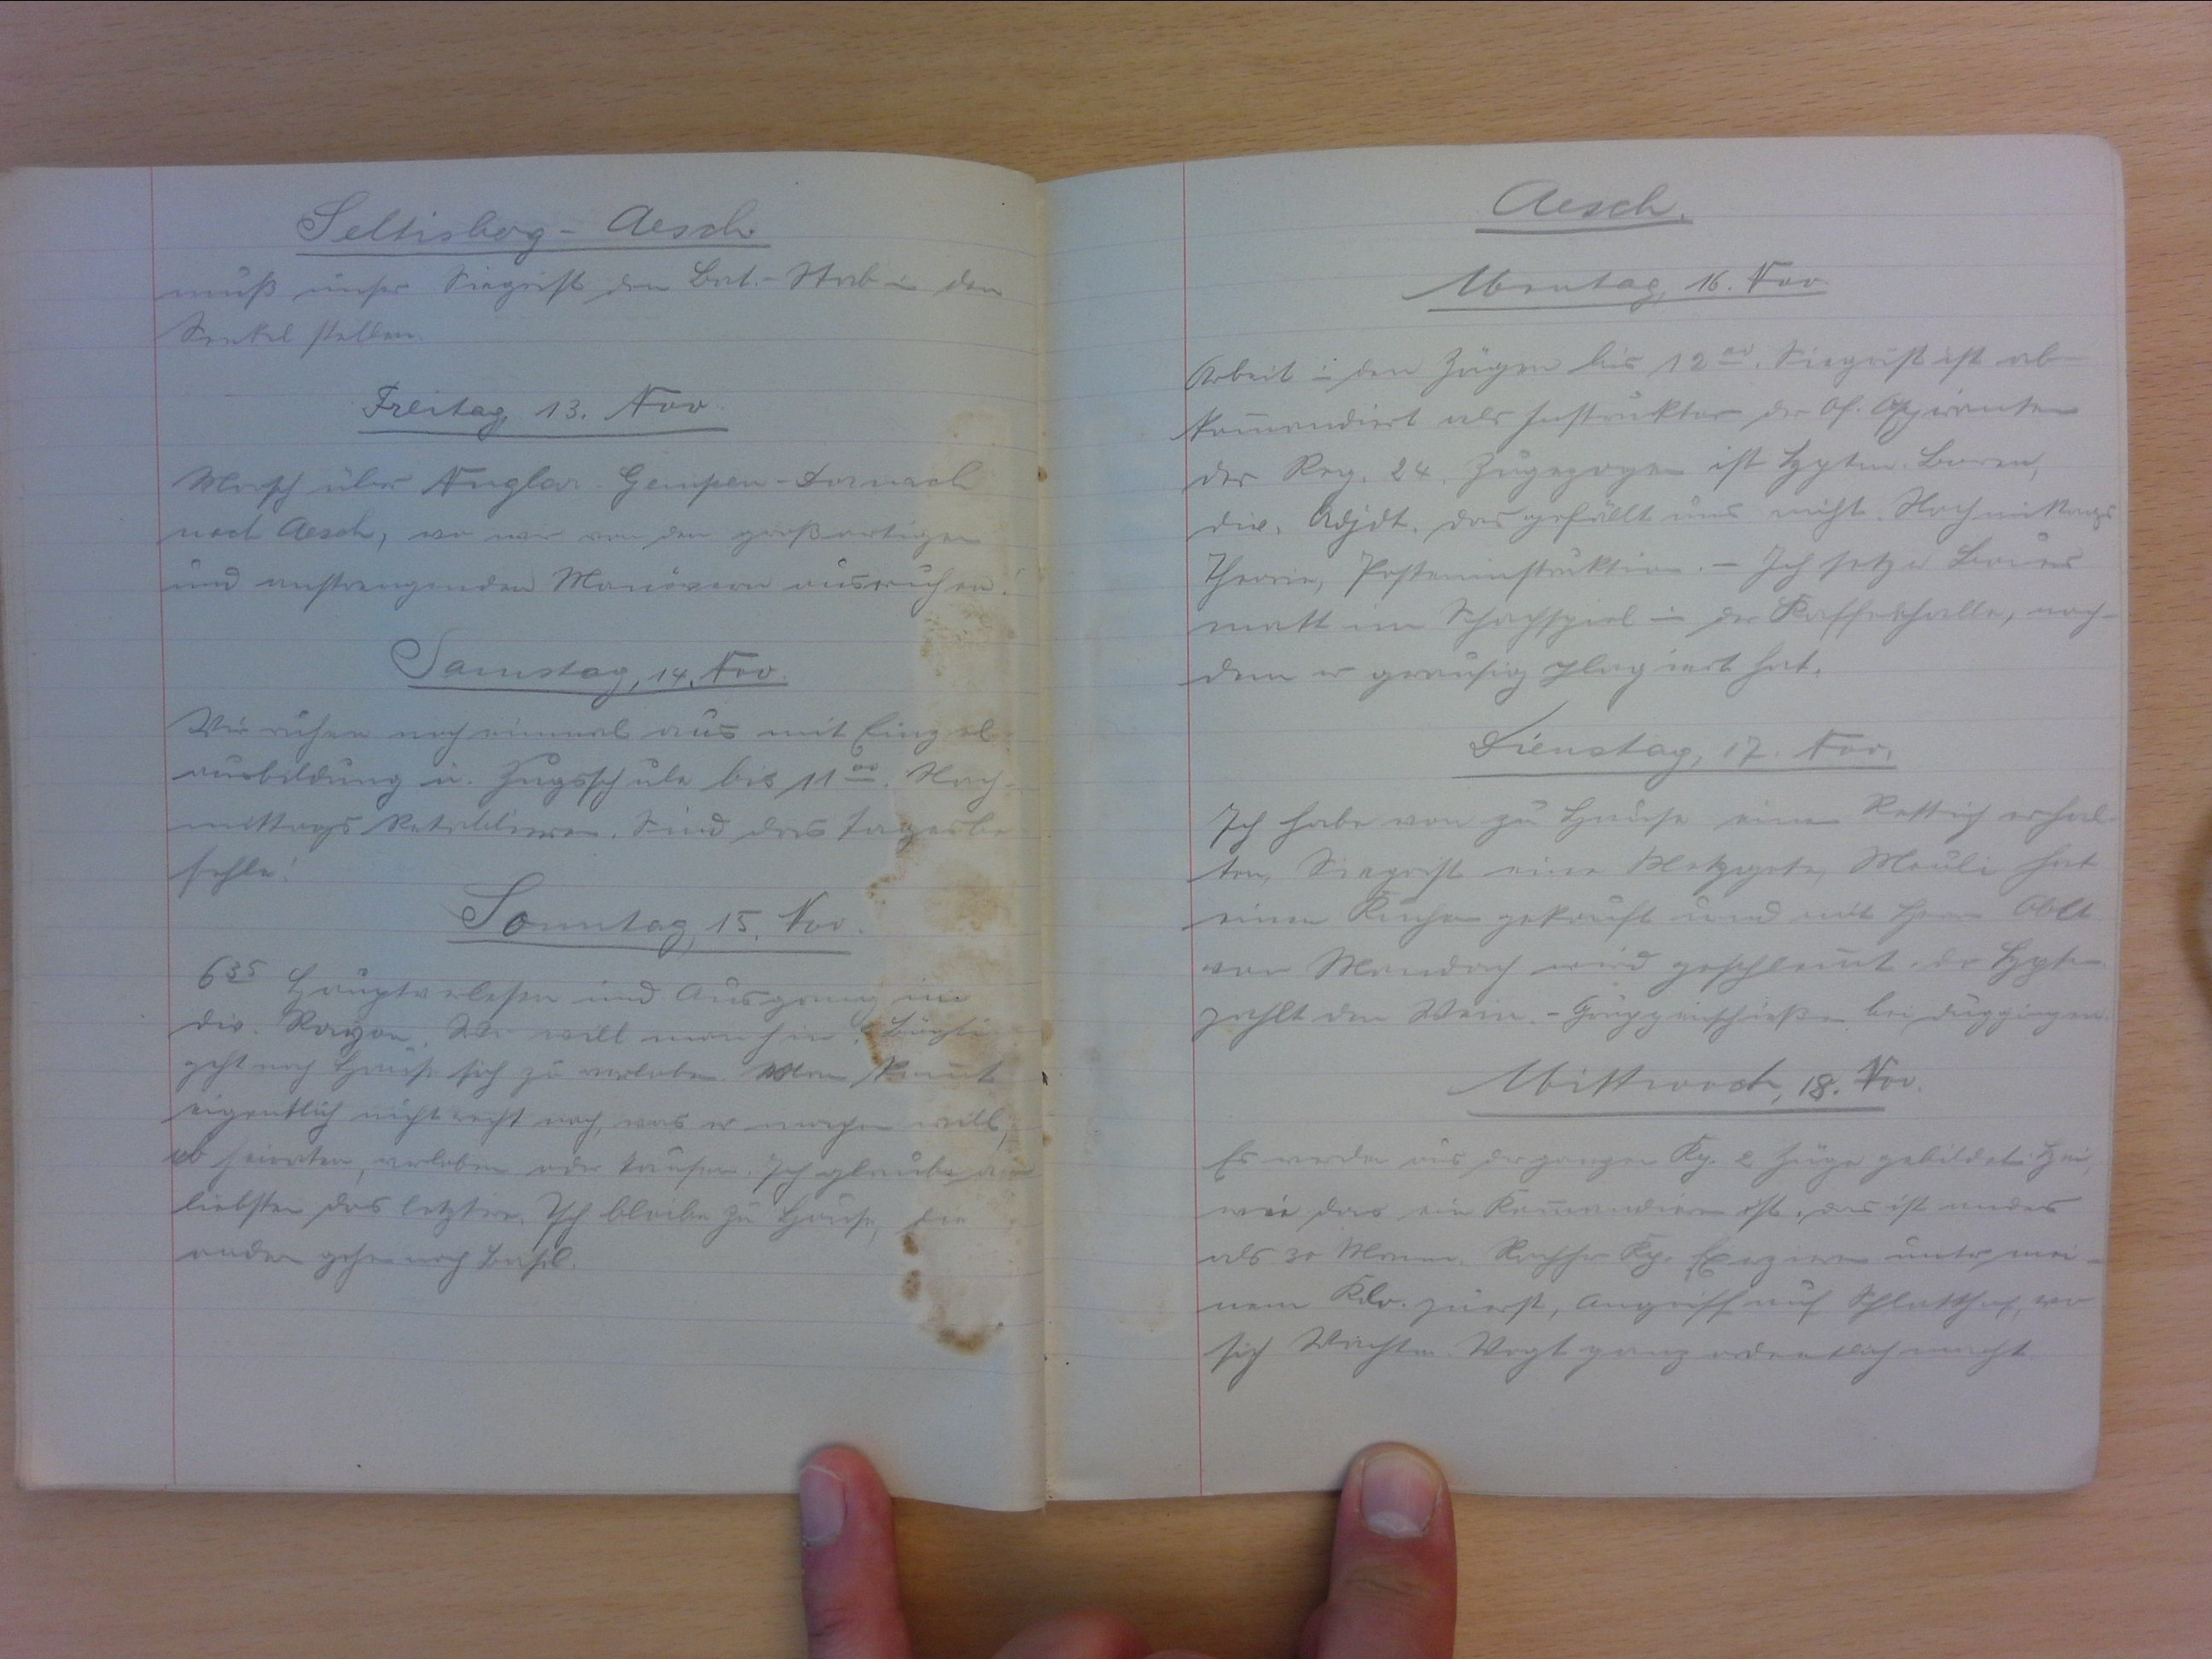
Seltisberg - Aesch
muss unser Siegrist den Bat. Stab in der
Senkel stellen
Freitag, 13. Nov.
Marsch über Nuglar - Gempen- Dornach
nach Aesch, wo wir an dem grossartigen
und anstrengenden Manöver ausruhen.
Samstag, 14 Nov.
Wir ruhen noch einmal aus mit Einzel-
ausbidung u. Zugsschule bis 1100. Nach-
mittags retablieren. Sind das Tagesbe--
fehle!
Sonntag 15. Nov.
635 Hauptverlesen und Ausgang im
Div. Rayon. Wo will man hin? Bögli
geht nach Hause sich zu verloben. Man kommt
eigentlich nicht recht nach, was er machen will,
ob heiraten, vorloben oder Tausen. Ich glaube am
liebsten das letztere. Ich bleibe zu Hause, die
andern gehen nach Basel.

Aesch
Montag, 16. Nov.
Arbeit in den Zügen bis 1200. Siegrist ist ab-
kommandiert als Instruktor der Of. Aspiranten
des Reg. 24. Zugezogen ist Hptm Baren
Div. Adjdt. Das gefällt uns nicht. Nachmittags
Theorie, Posteninstruktion. - Ich setze Bauer
matt im Schachspiel in der Kaffeehalle nach-
dem in grausig plagiert hat
Dienstag, 17. Nov.
Ich habe von zu Hause einen Rettich erhal-
ten. Siegrist eine Metzgete, Meuli hat
einen Kuchen gekauft und mit Herrn Oblt.
von Mandach wird geschlemmt. Der Hptm
zahlt den Wein. - Gruppenschiessen bei Duggingen.
Mittwoch, 18. Nov.
Es werden aus der ganzen Kp. 2 Züge gebildet. Hei,
wie das ein Kommandieren ist, das ist anders
als 30 Mann. Nachher Kp. Eezieren unter mei-
nem Kdo. zuerst, Angriff auf Schlatthof, wo
sich Wachtm. Vogt ganz ordentlich macht